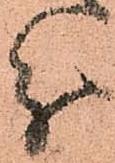
分